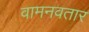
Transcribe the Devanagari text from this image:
वामनवतार